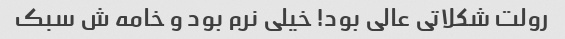
رولت شکلاتی عالی بود! خیلی نرم بود و خامه ش سبک